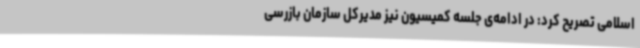
اسلامی تصریح کرد: در ادامه‌ی جلسه کمیسیون نیز مدیرکل سازمان بازرسی